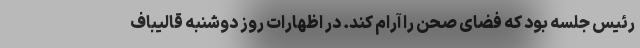
رئیس جلسه بود که فضای صحن را آرام کند. در اظهارات روز دوشنبه قالیباف